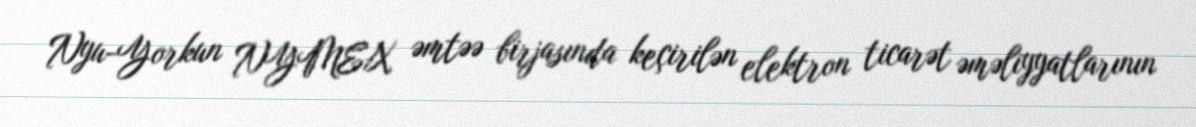
Nyu-Yorkun NYMEX əmtəə birjasında keçirilən elektron ticarət əməliyyatlarının